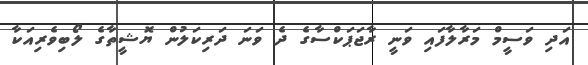
އަދި ވަސީމް މަރާލާފައި ވަނީ ރާޖަޕަކްސާގެ ދެ ވަނަ ދަރިކަލުން ޔޮޝީތާގެ ލޯބިވެރިއަކާ